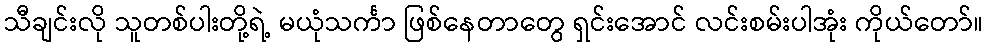
သီချင်းလို သူတစ်ပါးတို့ရဲ့ မယုံသင်္ကာ ဖြစ်နေတာတွေ ရှင်းအောင် လင်းစမ်းပါအုံး ကိုယ်တော်။